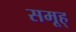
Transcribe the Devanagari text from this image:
समूह्